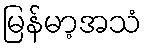
မြန်မာ့အသံ